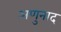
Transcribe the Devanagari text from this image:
अणुनाद